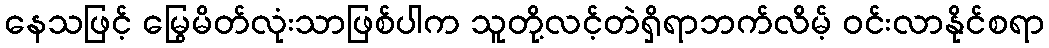
နေသဖြင့် မြွေမိတ်လုံးသာဖြစ်ပါက သူတို့လင့်တဲရှိရာဘက်လိမ့် ဝင်းလာနိုင်စရာ